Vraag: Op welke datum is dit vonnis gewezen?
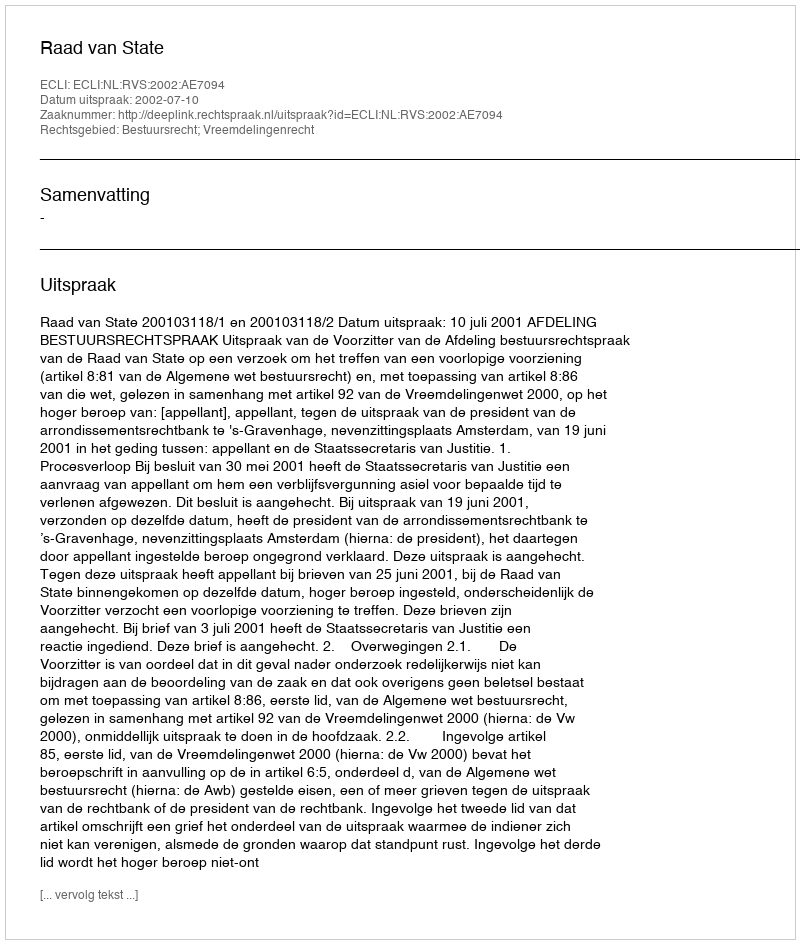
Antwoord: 2002-07-10